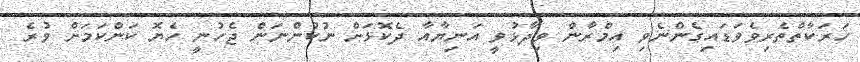
ހަރަކާތްތެރިވެވަޑައިގެންނެވި އިމްރާން ވިދާޅުވީ އަނިޔާއާ ދެކޮޅަށް ނުކުންނަން ޖެހުނީ ހެޔޮ ކަންކަމަށް ވުރެ